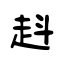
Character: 﨣